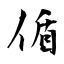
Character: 偱